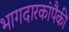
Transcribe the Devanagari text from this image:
भागदारकांपैकी